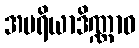
အပရိယာဒိဏ္ဏာဝ